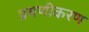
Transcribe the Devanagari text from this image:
प्रमणीकरण